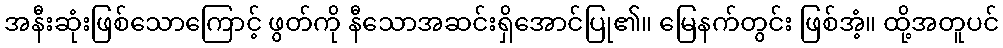
အနီးဆုံးဖြစ်သောကြောင့် ဖွတ်ကို နီသောအဆင်းရှိအောင်ပြု၏။ မြေနက်တွင်း ဖြစ်အံ့။ ထို့အတူပင်